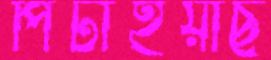
পিটাইয়াছ